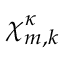
{ \boldsymbol { \chi } } _ { m , k } ^ { \kappa }